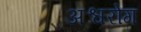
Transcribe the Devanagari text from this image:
अश्वरोग